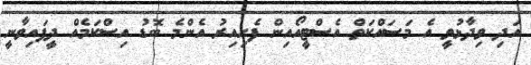
އަދި ވިދާޅުވީ އެ މަސައްކަތް އެސްޓީއޯއިން ފެށިއިރު އެންމެ ބޮޑު އިސްކަމެއް ދީފައިވާނީ